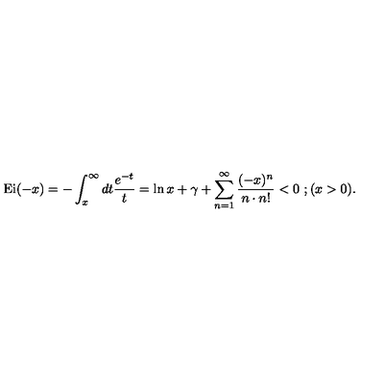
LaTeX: \mathrm { E i } ( - x ) = - \int _ { x } ^ { \infty } d t \frac { e ^ { - t } } { t } = \ln x + \gamma + \sum _ { n = 1 } ^ { \infty } \frac { ( - x ) ^ { n } } { n \cdot n ! } < 0 \ ; ( x > 0 ) .